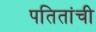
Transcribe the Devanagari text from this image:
पतितांची